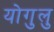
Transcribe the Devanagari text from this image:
योगुलु